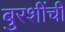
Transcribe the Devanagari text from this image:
बुरशींची